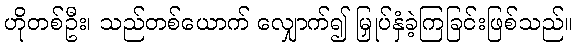
ဟိုတစ်ဦး၊ သည်တစ်ယောက် လျှောက်၍ မြှုပ်နှံခဲ့ကြခြင်းဖြစ်သည်။